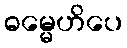
ဓမ္မေဟိပေ